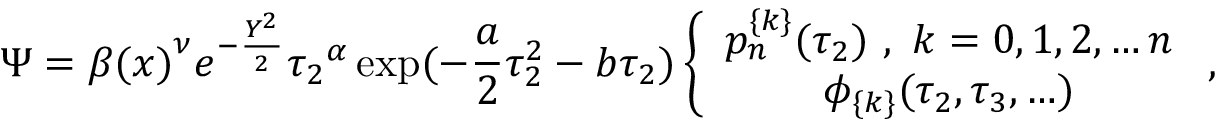
\Psi = { \beta ( x ) } ^ { \nu } e ^ { - \frac { Y ^ { 2 } } { 2 } } { \tau _ { 2 } } ^ { \alpha } \exp ( - \frac { a } { 2 } \tau _ { 2 } ^ { 2 } - b \tau _ { 2 } ) \left\{ \begin{array} { c } { { p _ { n } ^ { \{ k \} } ( \tau _ { 2 } ) \ , \ k = 0 , 1 , 2 , \ldots n } } \\ { { \phi _ { \{ k \} } ( \tau _ { 2 } , \tau _ { 3 } , \ldots ) } } \end{array} \ , \right.